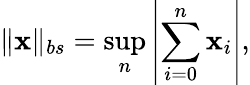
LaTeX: \| \mathbf{x}\| _{bs}=\operatorname*{sup}_{n}\left\vert\sum_{i=0}^{n}\mathbf{x}_{i}\right\vert,